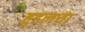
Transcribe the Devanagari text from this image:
हुडलचा